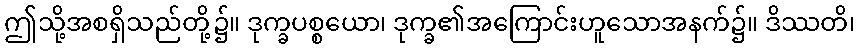
ဤသို့အစရှိသည်တို့၌။ ဒုက္ခပစ္စယော၊ ဒုက္ခ၏အကြောင်းဟူသောအနက်၌။ ဒိဿတိ၊